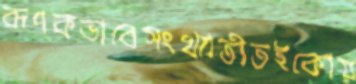
রূপকভাবেসংখ্যাতীতইকোয়